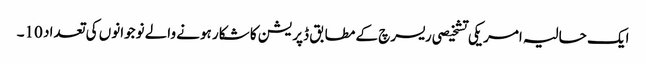
ایک حالیہ امریکی تشخیصی ریسرچ کے مطابق ڈپریشن کا شکار ہونے والے نوجوانوں کی تعداد 10۔